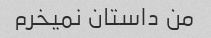
من داستان نمیخرم